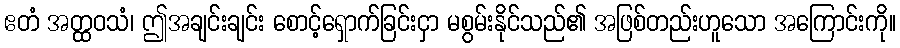
ဧတံ အတ္ထဝသံ၊ ဤအချင်းချင်း စောင့်ရှောက်ခြင်းငှာ မစွမ်းနိုင်သည်၏ အဖြစ်တည်းဟူသော အကြောင်းကို။